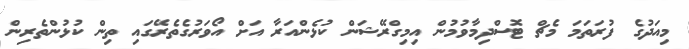
މިއަދުގެ ފުރަތަމަ މެޗް ޓޮސްދިމާވުމުން އިމިގްރޭޝަން ކުޅެންއަރާ އަށް އޯވަރުގެތެރޭގައި ތިން ކުޅުންތެރިން